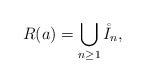
LaTeX: \begin{align*}R(a)=\bigcup_{n\geq 1} \mathring{I}_n,\end{align*}